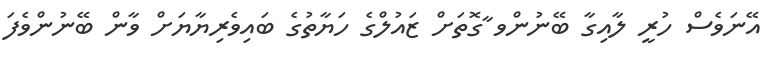
އޭނަވެސް ހުރީ ލާއިގާ ބޭނުންވ ާގޮތަށް ޒައުލްގެ ހަޔާތުގެ ބައިވެރިޔާޔަށް ވާން ބޭނުންވެފަ